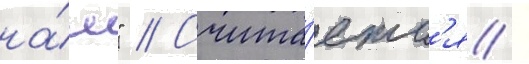
на́м" // Счита́етс'я /